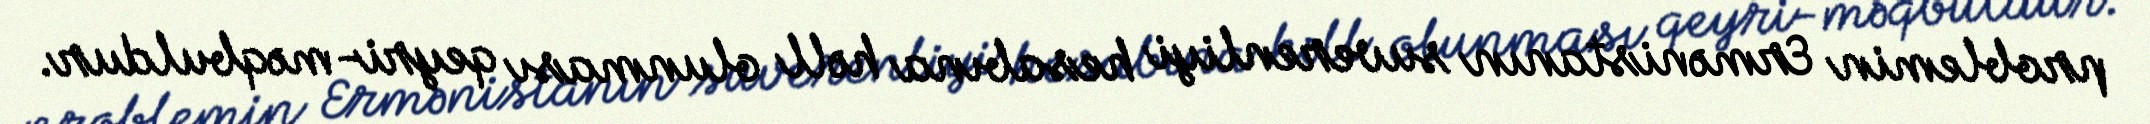
problemin Ermənistanın suverenliyi hesabına həll olunması qeyri-məqbuldur.